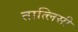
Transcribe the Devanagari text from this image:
तात्लिसी